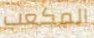
المكعب